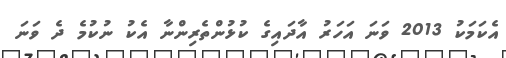
އެކަމަކު 2013 ވަނަ އަހަރު އާދައިގެ ކުޅުންތެރިންނާ އެކު ނުކުމެ ދެ ވަަނަ